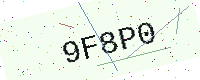
Text: 9F8P0